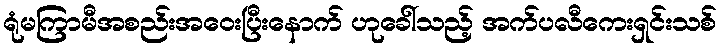
ရုံမကြာမီအစည်းအဝေးပြီးနောက် ဟုခေါ်သည့် အက်ပလီကေးရှင်းသစ်